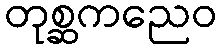
တုစ္ဆကညေဝ